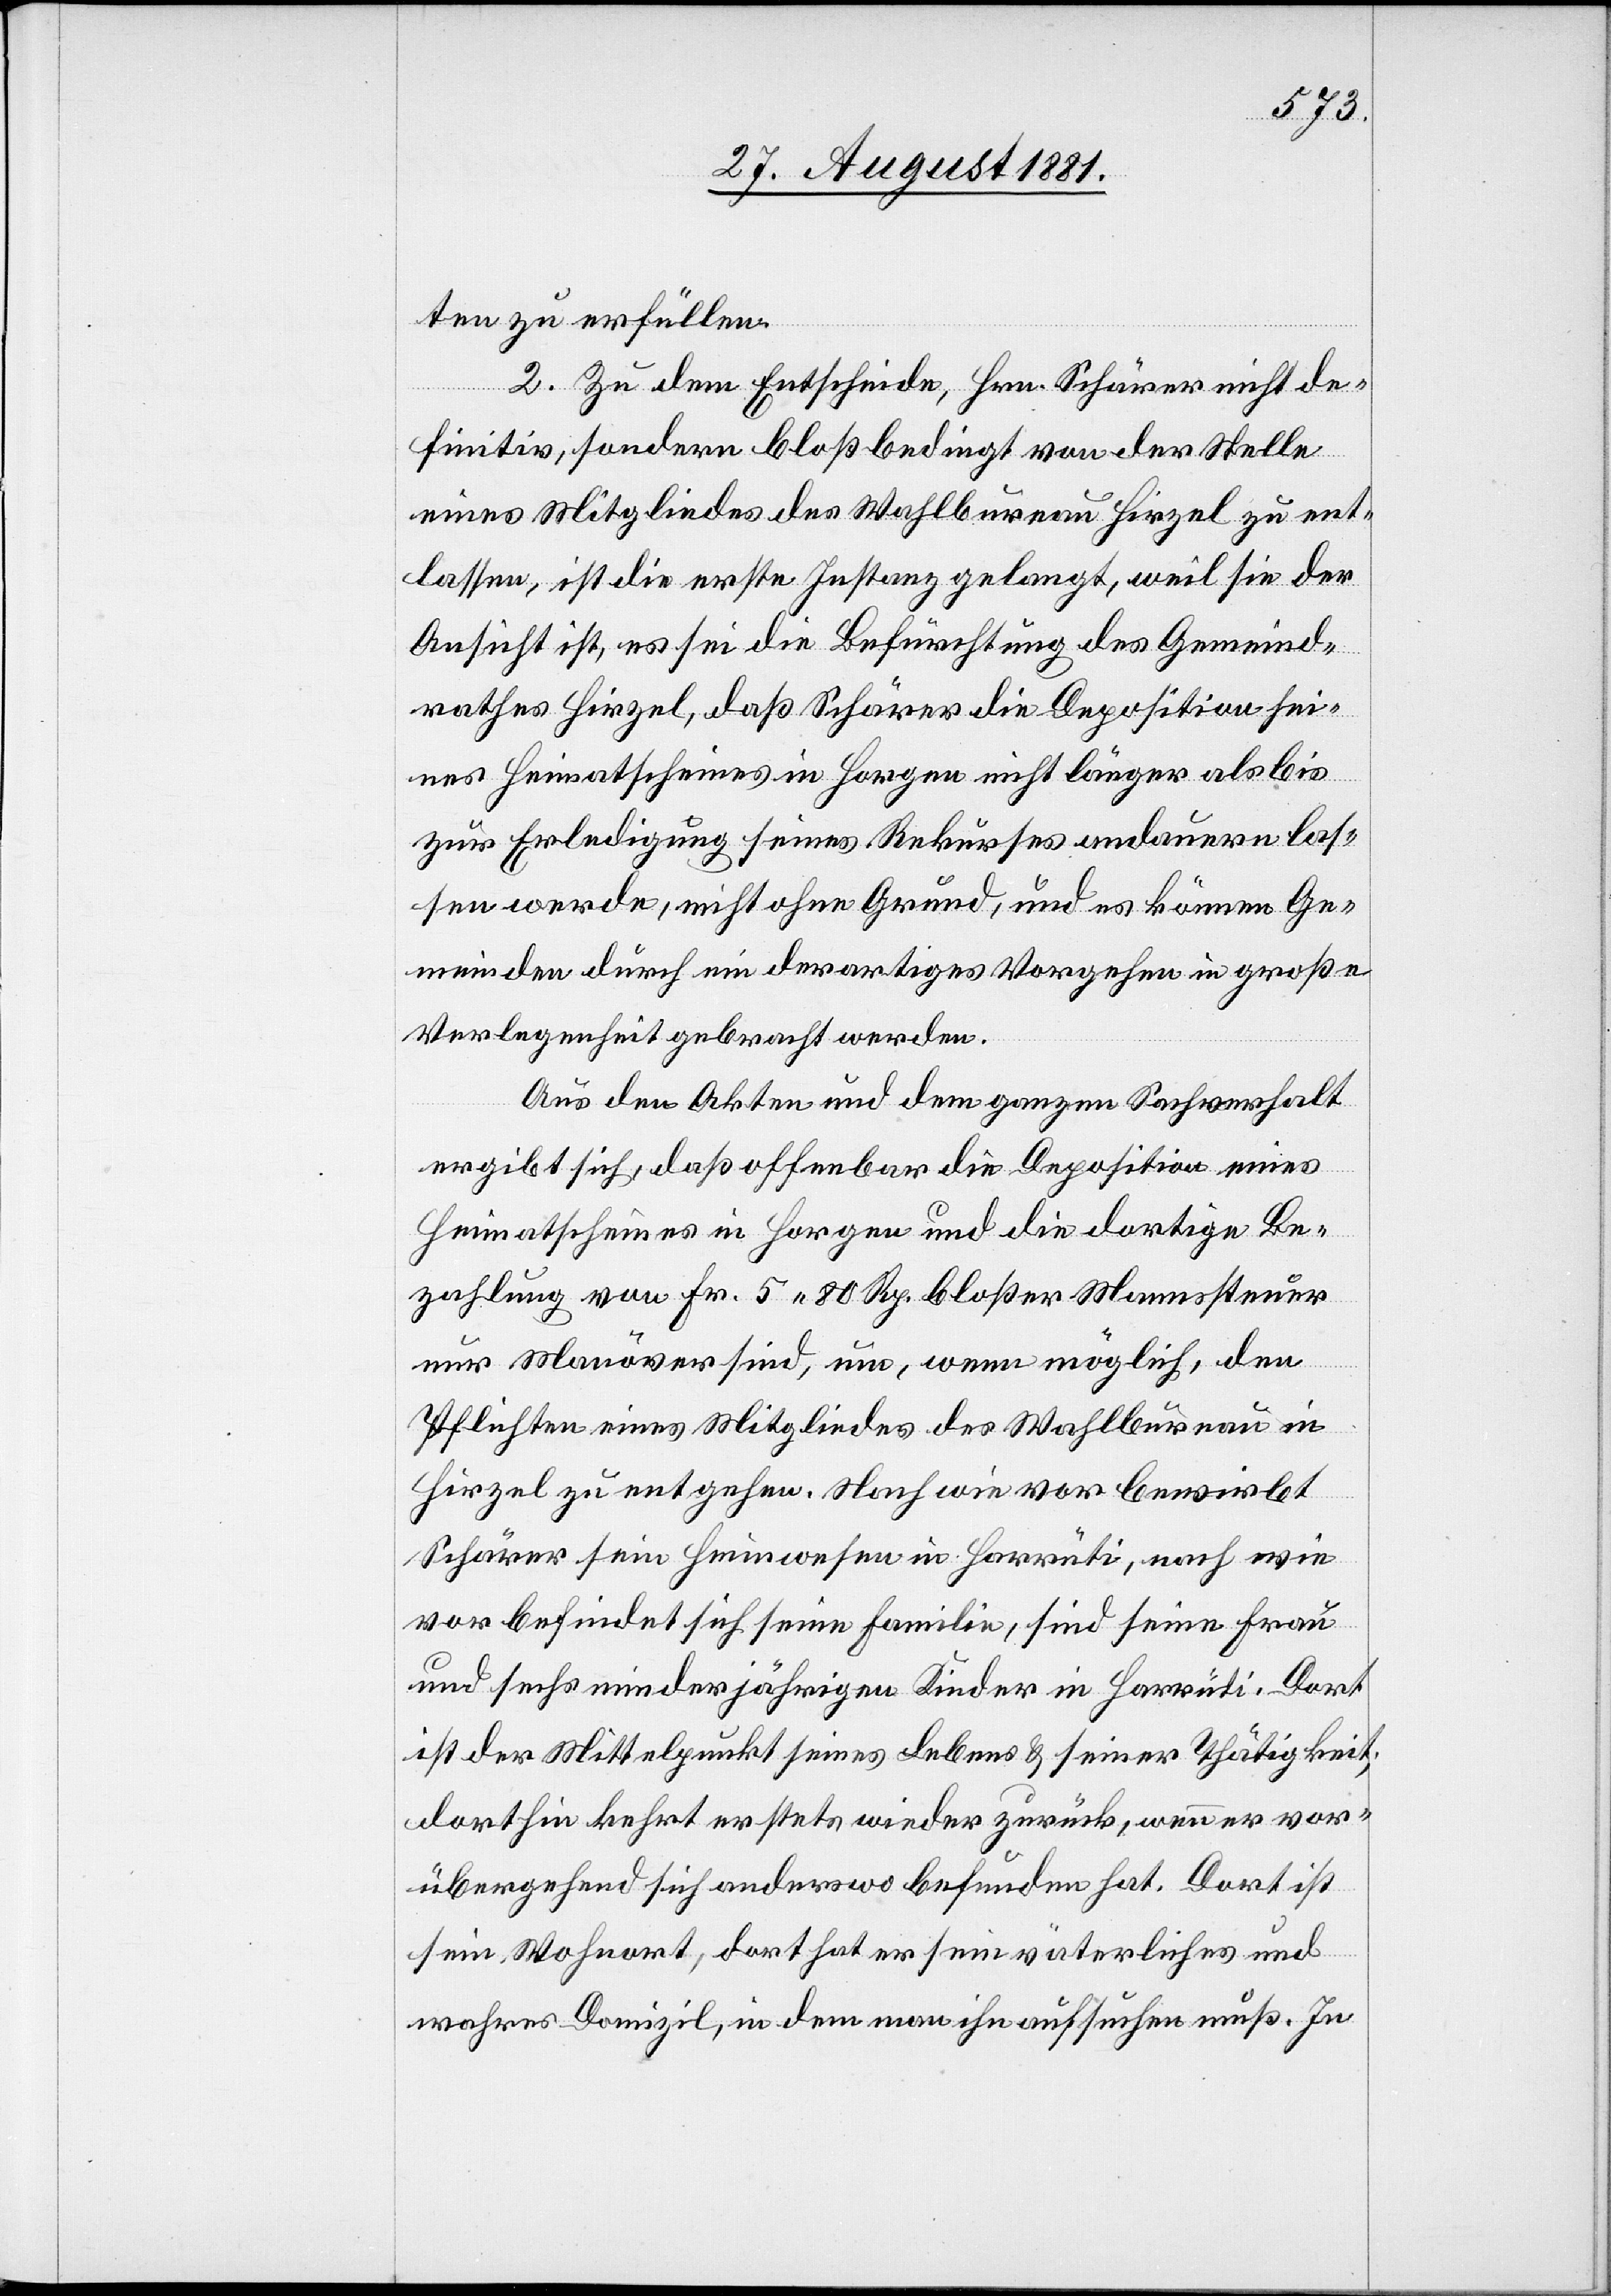
ten zu erfüllen.
2. Zu dem Entscheide, Hrn. Schärer nicht de¬
finitiv, sondern bloß bedingt von der Stelle
eine Mitgliedes des Wahlbureau Hirzel zu ent¬
lassen, ist die erste Instanz gelangt, weil sie der
Ansicht ist, es sei die Befürchtung des Gemeind¬
rathes in Hirzel, daß Schärer die Deposition sei¬
nes Heimatscheins in Horgen nicht länger als bis
zur Erledigung seines Rekurses andauern las¬
sen werde, nicht ohne Grund, und es können Ge¬
meinden durch ein derartiges Vorgehen in große
Verlegenheit gebracht werden.
Aus den Akten und dem ganzen Sachverhalt
ergibt sich, daß offenbar die Deposition eines
Heimatscheines in Horgen und die dortige Be¬
zahlung von Fr. 5 80 Rp. bloßer Mannsteuer
nur Manöver sind, um, wenn möglich, den
Pflichten eines Mitgliedes des Wahlbureau in
Hirzel zu entgehen. Nach wie vor bewirbt
Schärer sein Heimwesen in Harrüti, nach wie
vor befindet sich eine Familie, sind seine Frau
und sechs minderjährigen Kinder in Harrüti. Dort
ist der Mittelpunkt seines Lebens & seiner Thätigkeit;
dorthin kehrt er stets wieder zurück, wenn er vor¬
übergehend sich anderswo befunden hat. Dort ist
sein Wohnort, dort hat er sein väterliches und
wahres Domizil, in dem man ihn aufsuchen muß. In